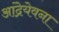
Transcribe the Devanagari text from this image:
आंद्रेयेवना